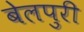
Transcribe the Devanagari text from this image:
बेलपुरी